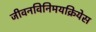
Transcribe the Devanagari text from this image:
जीवनविनिमयक्रियेस